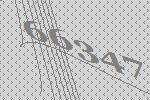
66347